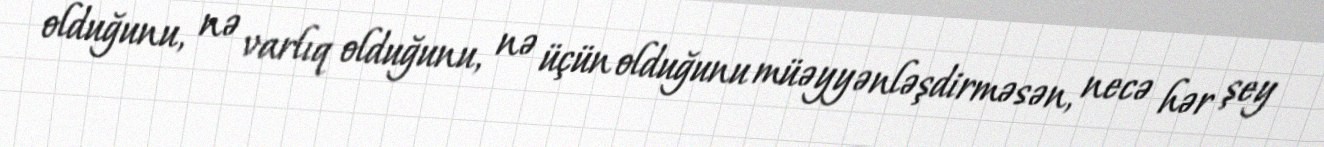
olduğunu, nə varlıq olduğunu, nə üçün olduğunu müəyyənləşdirməsən, necə hər şey